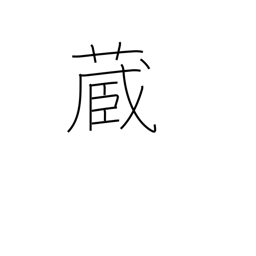
Meaning: possess